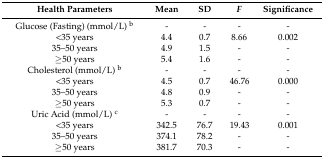
<table><thead><tr><td><b>Health Parameters</b></td><td><b>Mean</b></td><td><b>SD</b></td><td><b><i>F</i></b></td><td><b>Significance</b></td></tr></thead><tbody><tr><td>Glucose (Fasting) (mmol/L) <sup>b</sup></td><td>-</td><td>-</td><td>-</td><td>-</td></tr><tr><td>&lt;35 years</td><td>4.4</td><td>0.7</td><td>8.66</td><td>0.002</td></tr><tr><td>35–50 years</td><td>4.9</td><td>1.5</td><td>-</td><td>-</td></tr><tr><td>≥50 years</td><td>5.4</td><td>1.6</td><td>-</td><td>-</td></tr><tr><td>Cholesterol (mmol/L) <sup>b</sup></td><td>-</td><td>-</td><td>-</td><td>-</td></tr><tr><td>&lt;35 years</td><td>4.5</td><td>0.7</td><td>46.76</td><td>0.000</td></tr><tr><td>35–50 years</td><td>4.8</td><td>0.9</td><td>-</td><td>-</td></tr><tr><td>≥50 years</td><td>5.3</td><td>0.7</td><td>-</td><td>-</td></tr><tr><td>Uric Acid (mmol/L) <sup>c</sup></td><td>-</td><td>-</td><td>-</td><td>-</td></tr><tr><td>&lt;35 years</td><td>342.5</td><td>76.7</td><td>19.43</td><td>0.001</td></tr><tr><td>35–50 years</td><td>374.1</td><td>78.2</td><td>-</td><td>-</td></tr><tr><td>≥50 years</td><td>381.7</td><td>70.3</td><td>-</td><td>-</td></tr></tbody></table>